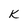
Character: K